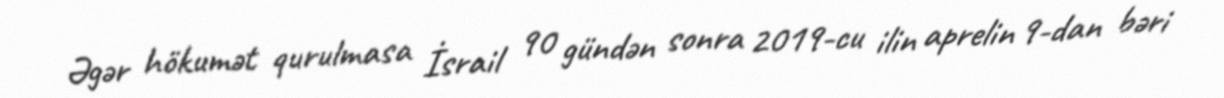
Əgər hökumət qurulmasa İsrail 90 gündən sonra 2019-cu ilin aprelin 9-dan bəri